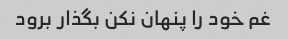
غم خود را پنهان نکن بگذار برود